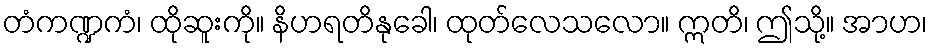
တံကဏ္ဍကံ၊ ထိုဆူးကို။ နိဟရတိနုခေါ၊ ထုတ်လေသလော။ ဣတိ၊ ဤသို့။ အာဟ၊